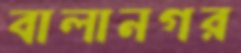
বালানগর